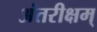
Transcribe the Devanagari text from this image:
अंतरीक्षम्